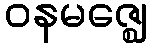
ဝနမဇ္ဈေ